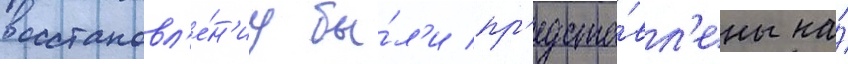
восстановл'е́н'иу бы́л'и пр'едста́вл'ены на́